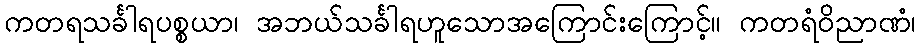
ကတရသင်္ခါရပစ္စယာ၊ အဘယ်သင်္ခါရဟူသောအကြောင်းကြောင့်။ ကတရံဝိညာဏံ၊